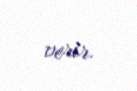
verir.